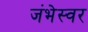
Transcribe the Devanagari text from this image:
जंभेस्वर